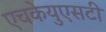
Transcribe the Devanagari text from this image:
एचकेयुएसटी